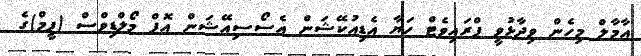
އާމާލް މިހެން ވިދާޅުވީ ޕްރައިވެޓް ހަޔާ އެޑިއުކޭޝަން އެސޯސިއޭޝަން އޮފް މޯލްޑިވްސް (ފީމް)ގެ